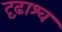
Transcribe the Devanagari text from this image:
दृढ़ाश्व